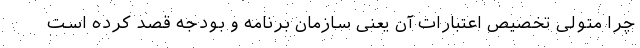
چرا متولی تخصیص اعتبارات آن یعنی سازمان برنامه و بودجه قصد کرده است